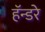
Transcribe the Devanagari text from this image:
हॅन्डरे